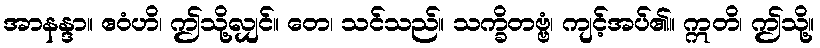
အာနန္ဒာ။ ဧဝံဟိ၊ ဤသို့လျှင်။ တေ၊ သင်သည်။ သက္ခိတဗ္ဗံ၊ ကျင့်အပ်၏။ ဣတိ၊ ဤသို့။